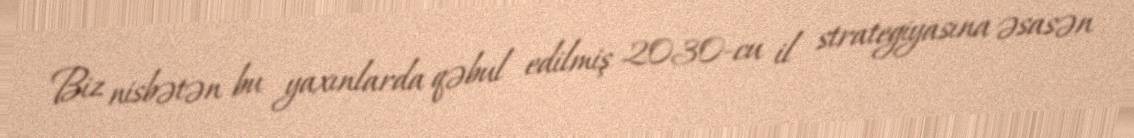
Biz nisbətən bu yaxınlarda qəbul edilmiş 2030-cu il strategiyasına əsasən